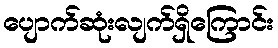
ပျောက်ဆုံးလျက်ရှိကြောင်း